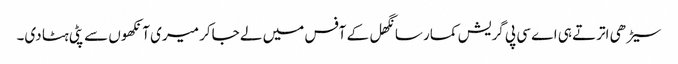
سیڑھی اترتے ہی اے سی پی گریش کمار سانگھل کے آفس میں لے جاکر میری آنکھوں سے پٹی ہٹا دی۔